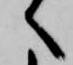
へ